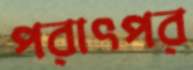
পরাৎপর